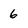
Character: 6